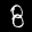
Label: 8